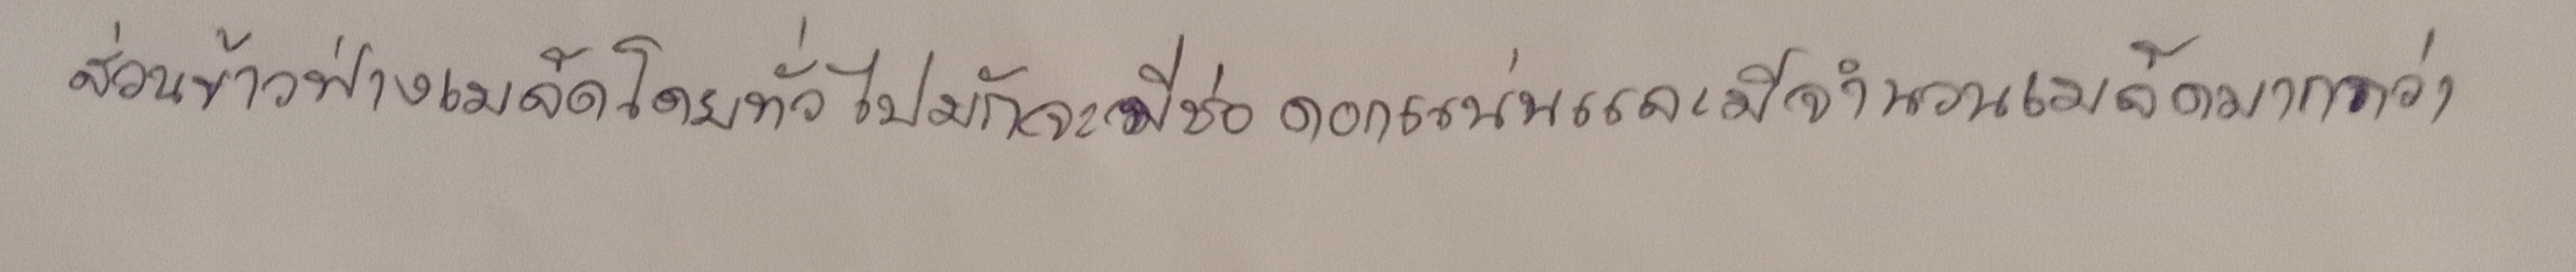
ส่วนข้าวฟ่างเมล็ดโดยทั่วไปมักจะมีช่อดอกแน่นและมีจำนวนเมล็ดมากกว่า